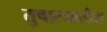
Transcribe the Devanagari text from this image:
तुषारजातीय